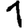
Digit: 1